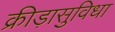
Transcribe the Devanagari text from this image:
क्रीड़ासुविधा